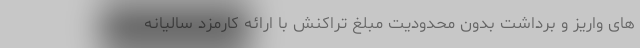
های واریز و برداشت بدون محدودیت مبلغ تراکنش با ارائه کارمزد سالیانه